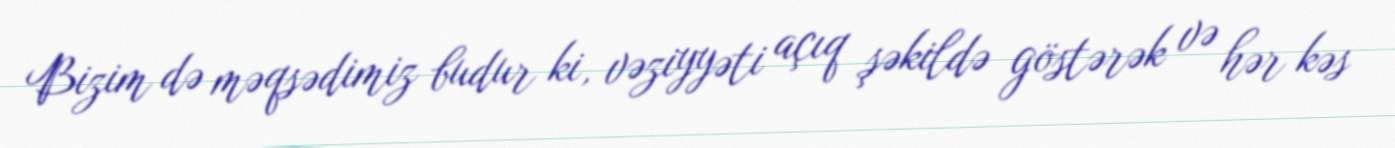
Bizim də məqsədimiz budur ki, vəziyyəti açıq şəkildə göstərək və hər kəs